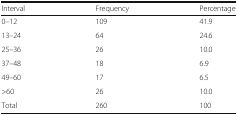
<table><thead><tr><td><b>Interval</b></td><td><b>Frequency</b></td><td><b>Percentage</b></td></tr></thead><tbody><tr><td>0–12</td><td>109</td><td>41.9</td></tr><tr><td>13–24</td><td>64</td><td>24.6</td></tr><tr><td>25–36</td><td>26</td><td>10.0</td></tr><tr><td>37–48</td><td>18</td><td>6.9</td></tr><tr><td>49–60</td><td>17</td><td>6.5</td></tr><tr><td>&gt;60</td><td>26</td><td>10.0</td></tr><tr><td>Total</td><td>260</td><td>100</td></tr></tbody></table>